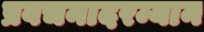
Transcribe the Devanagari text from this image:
प्रवचनादरम्यान